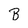
Character: B